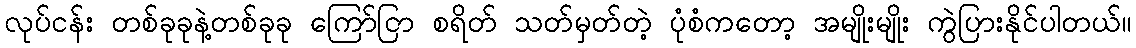
လုပ်ငန်း တစ်ခုခုနဲ့တစ်ခုခု ကြော်ငြာ စရိတ် သတ်မှတ်တဲ့ ပုံစံကတော့ အမျိုးမျိုး ကွဲပြားနိုင်ပါတယ်။